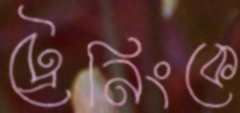
ট্রেনিংকে